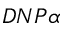
D N P \alpha